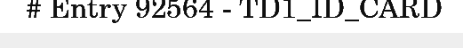
# Entry 92564 - TD1_ID_CARD